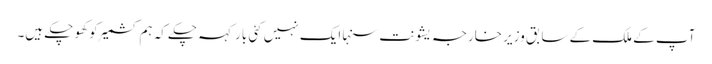
آپ کے ملک کے سابق وزیر خارجہ یشونت سنہا ایک نہیں کئی بار کہہ چکے کہ ہم کشمیر کو کھو چکے ہیں۔